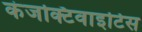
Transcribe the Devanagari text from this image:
कंजक्टिवाइटिस